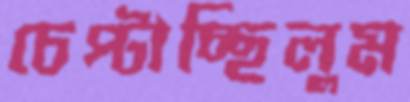
চেপ্‌টাচ্ছিলুম